Report on sanitation, dispensaries, and jails in Rajputana for 1912, and on vaccination for the year 1912-1913 - 1912-1913
Year: 1912
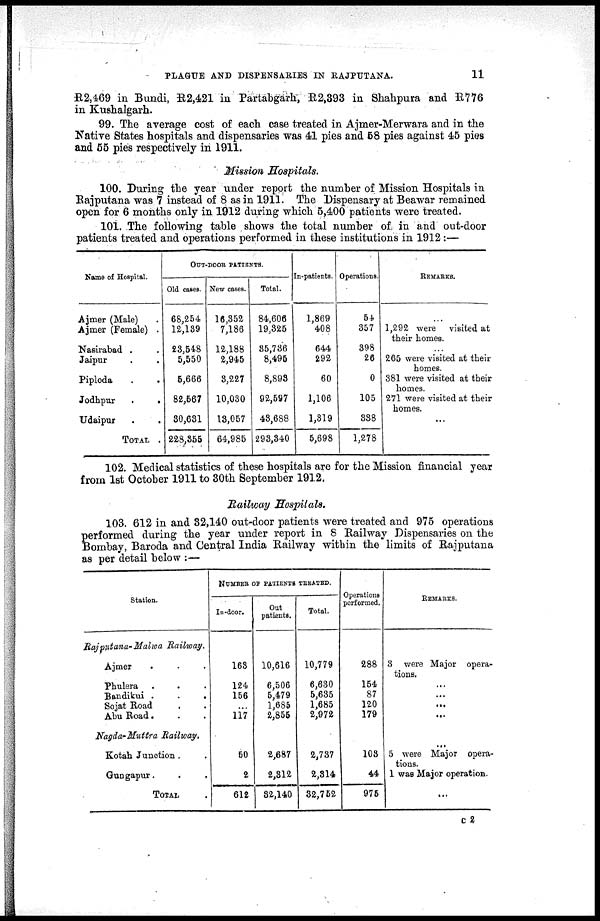
PLAGUE AND DISPENSARIES IN RAJPUTANA.
11
R2,469 in Bundi, R2,421 in Partabgarh, R2,393 in Shahpura and R776
in Kushalgarh.
99. The average cost of each case treated in Ajmer-Merwara and in the
Native States hospitals and dispensaries was 41 pies and 58 pies against 45 pies
and 55 pies respectively in 1911.
Mission Hospitals.
100. During the year under report the number of Mission Hospitals in
Rajputana was 7 instead of 8 as in 1911. The Dispensary at Beawar remained
open for 6 months only in 1912 during which 5,400 patients were treated.
101. The following table shows the total number of in and out-door
patients treated and operations performed in these institutions in 1912 :—
Name of Hospital.
Ajmer (Male) .
Ajmer (Female) .
Kasirabad . .
Jaipur . .
Piploda . .
Jodhpttr
.
.
Udaipur
.
.
Total .
OUT-DOOR PATIENTS.
Old cases.
68,254
12,139
23,548
5,550
5,666
82,667
80,631
228,855
New cases.
16,352
7,186
12,188
2,945
8,227
10,030
13,057
64,985
Total.
84,606
19,325
35,736
8,495
8,898
92,597
48,688
293,340
In-patients.
1,869
408
644
292
60
1,106
1,819
5,698
Operations.
54
857
398
26
0
105
838
1,278
REMARKS.
...
1,292 were visited at
their homes.
...
265 were visited at their
homes.
381 were visited at their
homes.
271 were visited at their
homes.
102. Medical statistics of these hospitals are for the Mission financial year
from 1st October 1911 to 30th September 1912.
Railway Hospitals.
103. 612 in and 32,140 out-door patients were treated and 975 operations
performed during the year under report in 8 Railway Dispensaries on the
Bombay, Baroda and Central India Railway within the limits of Rajputana
as per detail below :—
Station.
Rajputana- Malwa Railway.
Ajmer . . .
Phulera . . .
Bandibii
.
.
.
Sojat Road . .
Abu Road. . .
Nagda-Muttra Railway.
Kotah Junction . .
Gungapur. . .
TOTAL .
NUMBER OF PATIENTS TREATED.
In-door.
168
124
156
...
117
60
2
612
Out
patients.
10,616
6,506
5,479
1,685
2,855
2,687
2,812
32,140
Total.
10,779
6,630
5,635
1,685
2,972
2,737
2,814
32,752
Operations
performed.
288
154
87
120
179
108
44
975
REMARKS
3 were Major opera-
...
...
...
5 were Major opera-
tions.
1 was Major operation.
...
c 2